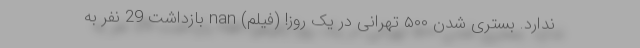
ندارد. بستری شدن ۵۰۰ تهرانی در یک روز! (فیلم) nan بازداشت 29 نفر به